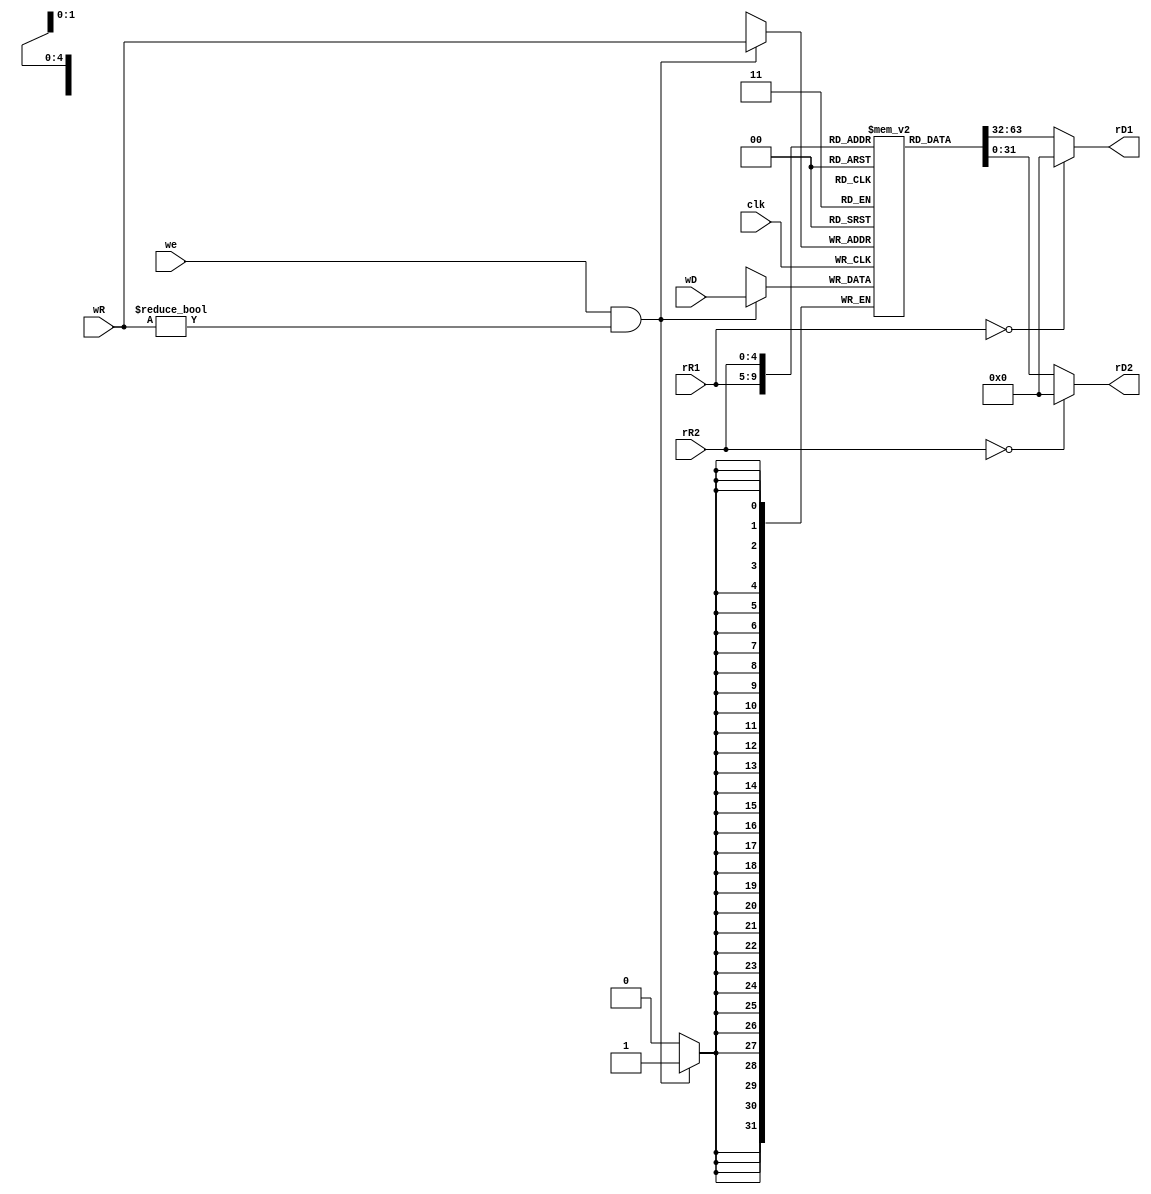
module RF (
    input wire clk,
    input wire [4:0] rR1,
    input wire [4:0] rR2,
    input wire [4:0] wR,
    input wire [31:0] wD,
    input wire we,

    output wire [31:0] rD1,
    output wire [31:0] rD2
);
    reg [31:0] array [31:0];

    assign rD1 = (rR1 == 5'b0)? 32'b0 : array[rR1];
	assign rD2 = (rR2 == 5'b0)? 32'b0 : array[rR2];

    always @(posedge clk) begin
        if(we && (wR != 5'b0))
            array [wR] <= wD;
    end
endmodule